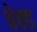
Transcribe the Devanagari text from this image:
बेक्‍ड